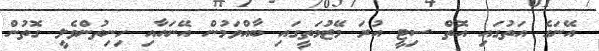
އޭނަގެ އަތުގައި އޮތް ސިޓީ އުރަ މޭޒުމަތީގައި ބާއްވަމުން އޭނައާއި ހިނިތުންވެލީ ގޮތުން